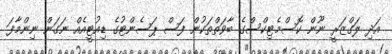
އަދި ލަގްޒަރީ ނޫން ކޮސްމެޓިކްސްގެ ބާވަތްތަކުން ފަސް ޕަސެންޓުގެ ޑިއުޓީއެއް ނަގަން ނިންމާފަ